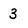
Character: 3